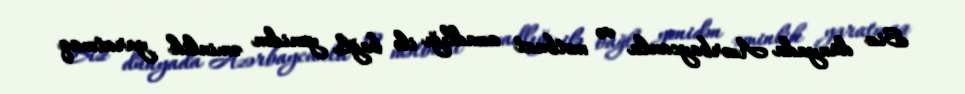
Siz dünyada Azərbaycanla və mətbuat azadlığı ilə bağlı yenidən əminlik yaratmaq